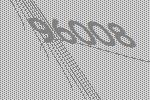
96008